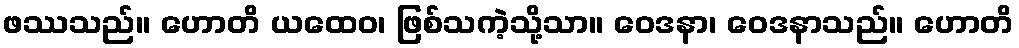
ဖဿသည်။ ဟောတိ ယထေဝ၊ ဖြစ်သကဲ့သို့သာ။ ဝေဒနာ၊ ဝေဒနာသည်။ ဟောတိ